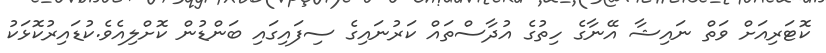
ކޮޓަރިއަށް ވަތް ނައިޝާ އޭނާގެ ހިތުގެ އުދާސްތައް ކަރުނައިގެ ސިފައިގައި ބަންޑުން ކޮށްލިއެވެ.ކުޑައިރުކޮޅަކު